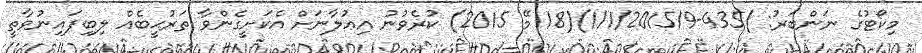
މިކޯޓުގެ ނަންބަރު: )435-1/1/2015/9)(18 މޭ 2015) ކުރެވުނު އިޢުލާނަށް އެކަށީގެންވާ ތަރުޙީބެއް ލިބިފައިނުވާތީ